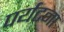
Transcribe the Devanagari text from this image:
पर्यटना